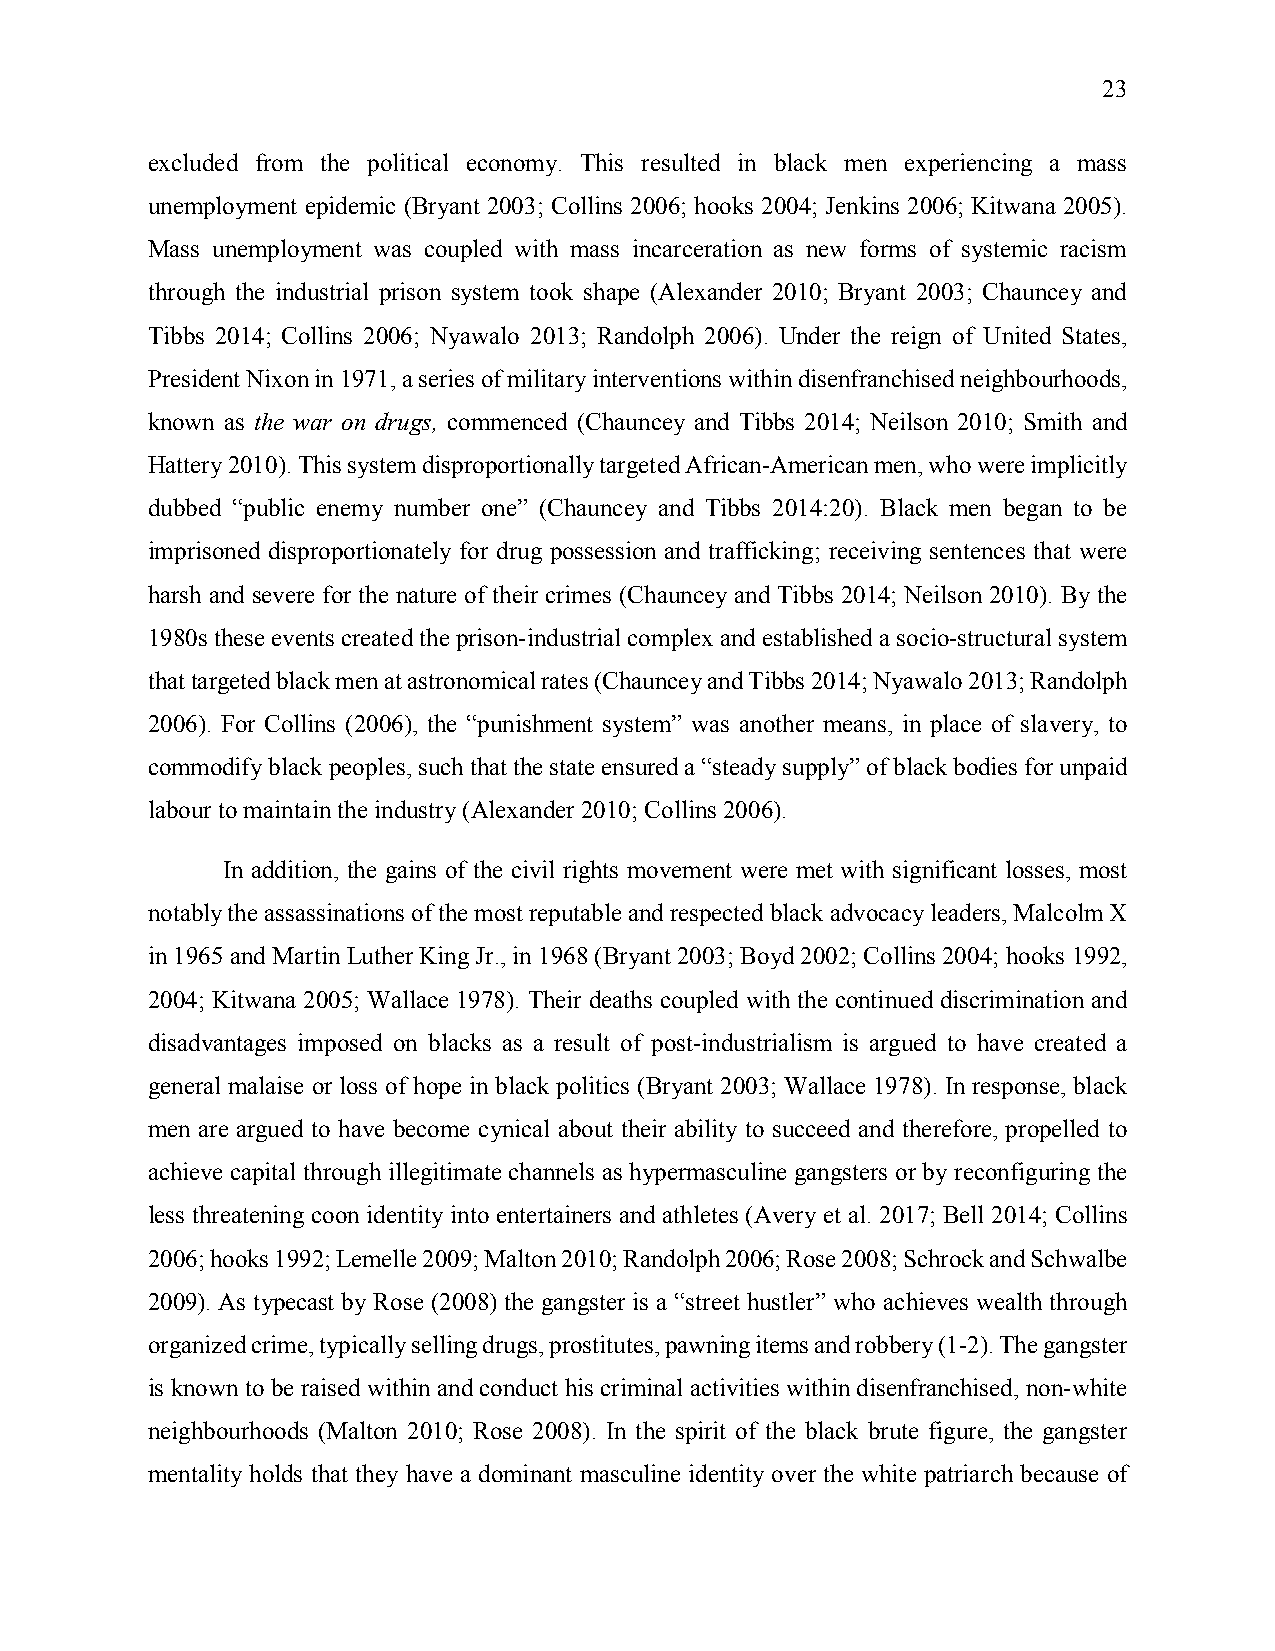
23
 excluded from the political economy. This resulted in black men experiencing a mass
 unemployment epidemic (Bryant 2003; Collins 2006; hooks 2004; Jenkins 2006; Kitwana 2005).
 Mass unemployment was coupled with mass incarceration as new forms of systemic racism
 through the industrial prison system took shape (Alexander 2010; Bryant 2003; Chauncey and
 Tibbs 2014; Collins 2006; Nyawalo 2013; Randolph 2006). Under the reign of United States,
 President Nixon in 1971, a series of military interventions within disenfranchised neighbourhoods,
 known as the war on drugs, commenced (Chauncey and Tibbs 2014; Neilson 2010; Smith and
 Hattery 2010). This system disproportionally targeted African-American men, who were implicitly
 dubbed “public enemy number one” (Chauncey and Tibbs 2014:20). Black men began to be
 imprisoned disproportionately for drug possession and trafficking; receiving sentences that were
 harsh and severe for the nature of their crimes (Chauncey and Tibbs 2014; Neilson 2010). By the
 1980s these events created the prison-industrial complex and established a socio-structural system
 that targeted black men at astronomical rates (Chauncey and Tibbs 2014; Nyawalo 2013; Randolph
 2006). For Collins (2006), the “punishment system” was another means, in place of slavery, to
 commodify black peoples, such that the state ensured a “steady supply” of black bodies for unpaid
 labour to maintain the industry (Alexander 2010; Collins 2006).
 In addition, the gains of the civil rights movement were met with significant losses, most
 notably the assassinations of the most reputable and respected black advocacy leaders, Malcolm X
 in 1965 and Martin Luther King Jr., in 1968 (Bryant 2003; Boyd 2002; Collins 2004; hooks 1992,
 2004; Kitwana 2005; Wallace 1978). Their deaths coupled with the continued discrimination and
 disadvantages imposed on blacks as a result of post-industrialism is argued to have created a
 general malaise or loss of hope in black politics (Bryant 2003; Wallace 1978). In response, black
 men are argued to have become cynical about their ability to succeed and therefore, propelled to
 achieve capital through illegitimate channels as hypermasculine gangsters or by reconfiguring the
 less threatening coon identity into entertainers and athletes (Avery et al. 2017; Bell 2014; Collins
 2006; hooks 1992; Lemelle 2009; Malton 2010; Randolph 2006; Rose 2008; Schrock and Schwalbe
 2009). As typecast by Rose (2008) the gangster is a “street hustler” who achieves wealth through
 organized crime, typically selling drugs, prostitutes, pawning items and robbery (1-2). The gangster
 is known to be raised within and conduct his criminal activities within disenfranchised, non-white
 neighbourhoods (Malton 2010; Rose 2008). In the spirit of the black brute figure, the gangster
 mentality holds that they have a dominant masculine identity over the white patriarch because of